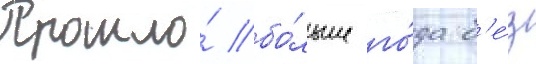
Прошло́ бо́льше го́да б'е́з